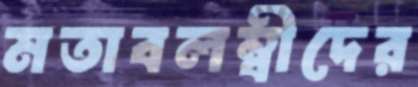
মতাবলম্বীদের